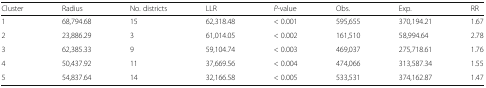
<table><thead><tr><td><b>Cluster</b></td><td><b>Radius</b></td><td><b>No. districts</b></td><td><b>LLR</b></td><td><b><i>P</i>-value</b></td><td><b>Obs.</b></td><td><b>Exp.</b></td><td><b>RR</b></td></tr></thead><tbody><tr><td>1</td><td>68,794.68</td><td>15</td><td>62,318.48</td><td>&lt; 0.001</td><td>595,655</td><td>370,194.21</td><td>1.67</td></tr><tr><td>2</td><td>23,886.29</td><td>3</td><td>61,014.05</td><td>&lt; 0.002</td><td>161,510</td><td>58,994.64</td><td>2.78</td></tr><tr><td>3</td><td>62,385.33</td><td>9</td><td>59,104.74</td><td>&lt; 0.003</td><td>469,037</td><td>275,718.61</td><td>1.76</td></tr><tr><td>4</td><td>50,437.92</td><td>11</td><td>37,669.56</td><td>&lt; 0.004</td><td>474,066</td><td>313,587.34</td><td>1.55</td></tr><tr><td>5</td><td>54,837.64</td><td>14</td><td>32,166.58</td><td>&lt; 0.005</td><td>533,531</td><td>374,162.87</td><td>1.47</td></tr></tbody></table>